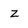
Character: z